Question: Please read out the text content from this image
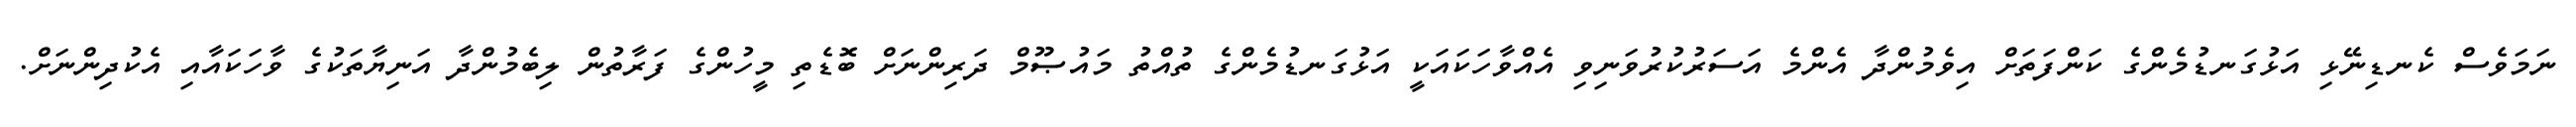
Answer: ނަމަވެސް ކެނޑިނޭޅި އަޅުގަނޑުމެންގެ ކަންފަތަށް އިވެމުންދާ އެންމެ އަސަރުކުރުވަނިވި އެއްވާހަކައަކީ އަޅުގަނޑުމެންގެ ތުއްތު މައުޞޫމް ދަރިންނަށް ބޮޑެތި މީހުންގެ ފަރާތުން ލިބެމުންދާ އަނިޔާތަކުގެ ވާހަކައާއި އެކުދިންނަށް.